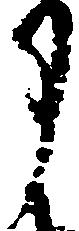
月